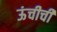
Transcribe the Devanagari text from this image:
ऊंचीची